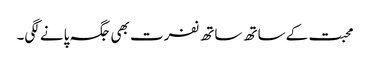
محبت کے ساتھ ساتھ نفرت بھی جگہ پانے لگی۔